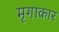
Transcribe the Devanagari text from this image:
मृगाकार